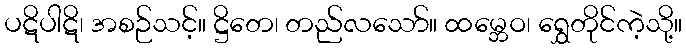
ပဋိပါဋိ၊ အစဉ်သင့်။ ဋ္ဌိတေ၊ တည်လသော်။ ထမ္ဘေဝ၊ ရွှေတိုင်ကဲ့သို့။